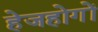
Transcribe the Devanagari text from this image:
हेजहोगों